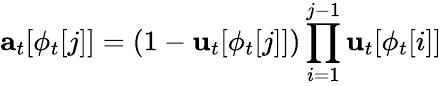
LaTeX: \mathbf{a}_{t}[\phi_{t}[j]]=(1-\mathbf{u}_{t}[\phi_{t}[j]])\prod_{i=1}^{j-1}\mathbf{u}_{t}[\phi_{t}[i]]